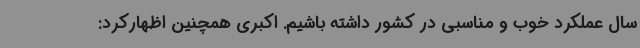
سال عملکرد خوب و مناسبی در کشور داشته باشیم. اکبری همچنین اظهارکرد: